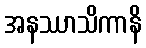
အနဿာသိကာနိ